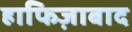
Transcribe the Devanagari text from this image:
हाफिज़ाबाद